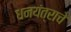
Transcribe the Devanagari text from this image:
धनयंत्राचे